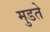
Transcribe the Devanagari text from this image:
मुडते